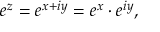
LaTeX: e ^ { z } = e ^ { x + i y } = e ^ { x } \cdot e ^ { i y } ,